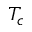
T _ { c }